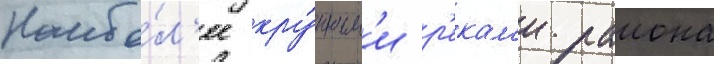
Наибо́л'ее кру́пным'и р'екам'и раиона